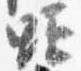
顕